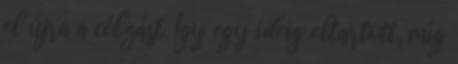
el újra a célzást. Így egy ideig eltartott, míg